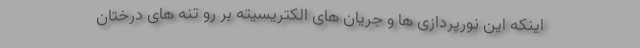
اینکه این نورپردازی ها و جریان های الکتریسیته بر رو تنه های درختان